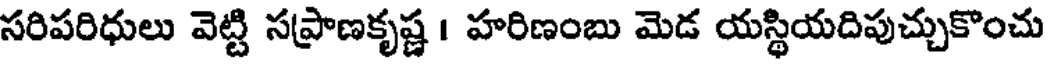
సరిపరిధులు వెట్టి సప్రాణకృష్ణ । హరిణంబు మెడ యస్థియదిపుచ్చుకొంచు